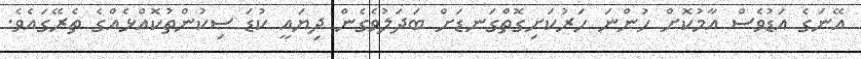
އޭނަގެ އަޑުވެސް އާމުކޮށް ހުންނަ ހަރުކަށިގޮތްގަނޑަށް ބަދަލުވެގެން ދިޔައީ ކުޑަ ސިކުންތުކޮއްޅެއްގެ ތެރޭގައެވެ.